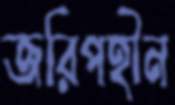
জরিপহীন